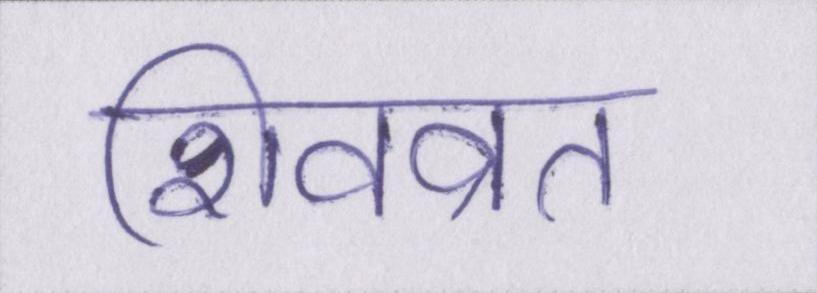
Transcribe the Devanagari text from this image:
शिवव्रत